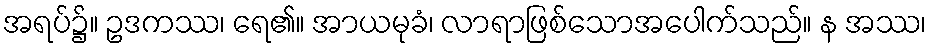
အရပ်၌။ ဥဒကဿ၊ ရေ၏။ အာယမုခံ၊ လာရာဖြစ်သောအပေါက်သည်။ န အဿ၊